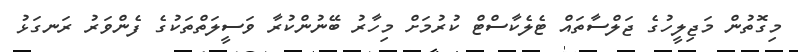
މިގޮތުން މަޖިލީހުގެ ޖަލްސާތައް ޓެލެކާސްޓް ކުރުމަށް މިހާރު ބޭނުންކުރާ ވަސީލަތްތަކުގެ ފެންވަރު ރަނގަޅު